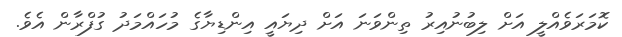
ކޮމަރަވެއްލީ އަށް ލިބުނުއިރު ތިންވަނަ އަށް ދިޔައީ އިންޑިޔާގެ މުހައްމަދު ގުފްރާން އެވެ.